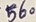
Text: 560